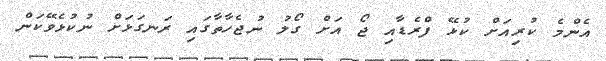
އެންމެ ކުރިއަށް ކުޅޭ ފްރެޑާއި ޖޯ އަށް ގޯލު ނުޖެހާތާގައި ރަނގަޅަށް ނުކުޅެވޭކަން